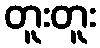
တူးတူး